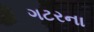
ગટરના